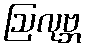
ဩလုဗ္ဘ